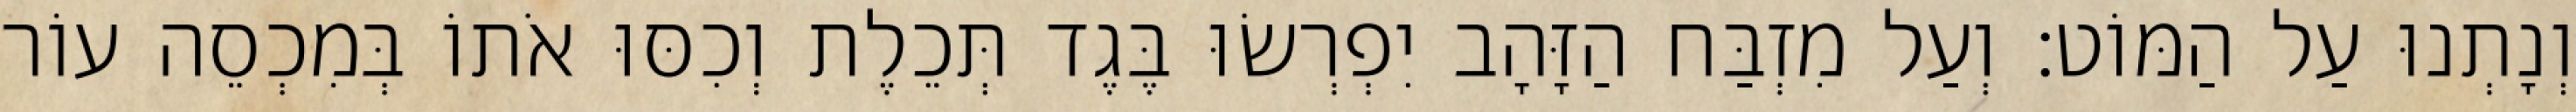
וְנָתְנוּ עַל הַמּוֹט׃ וְעַל מִזְבַּח הַזָּהָב יִפְרְשׂוּ בֶּגֶד תְּכֵלֶת וְכִסּוּ אֹתוֹ בְּמִכְסֵה עוֹר